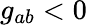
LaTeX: g_{ab}<0